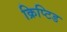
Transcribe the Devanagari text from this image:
क्रिप्टिड